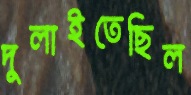
দুলাইতেছিল